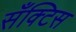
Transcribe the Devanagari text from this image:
सँक्टिस